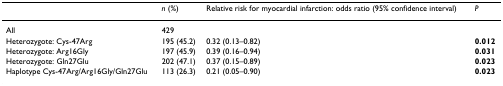
|  | n (%) | Relative risk for myocardial infarction: odds ratio (95% confidence interval) | P |
 | --- | --- | --- | --- |
 | All | 429 |  |  |
 | Heterozygote: Cys-47Arg | 195 (45.2) | 0.32 (0.13–0.82) | 0.012 |
 | Heterozygote: Arg16Gly | 197 (45.9) | 0.39 (0.16–0.94) | 0.031 |
 | Heterozygote: Gln27Glu | 202 (47.1) | 0.37 (0.15–0.89) | 0.023 |
 | Haplotype Cys-47Arg/Arg16Gly/Gln27Glu | 113 (26.3) | 0.21 (0.05–0.90) | 0.023 |